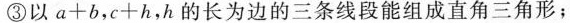
③以a+b,c+h,h的长为边的三条线段能组成直角三角形；